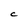
Character: C